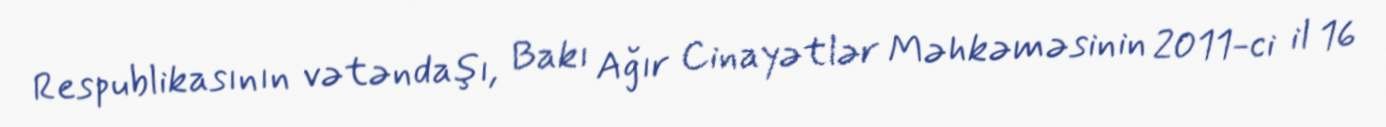
Respublikasının vətəndaşı, Bakı Ağır Cinayətlər Məhkəməsinin 2011-ci il 16